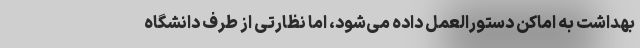
بهداشت به اماکن دستورالعمل داده می‌شود، اما نظارتی از طرف دانشگاه